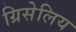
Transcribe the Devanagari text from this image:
ग्रिसेलिय